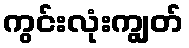
ကွင်းလုံးကျွတ်